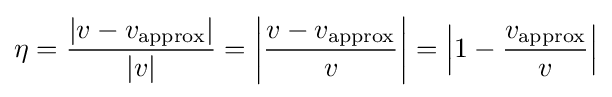
\eta ={\frac {|v-v_{\text{approx}}|}{|v|}}=\left|{\frac {v-v_{\text{approx}}}{v}}\right|=\left|1-{\frac {v_{\text{approx}}}{v}}\right|